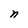
Character: n